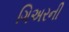
ગિઅરની